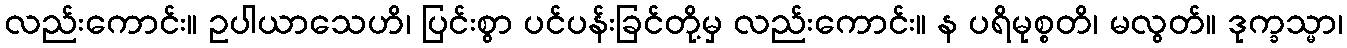
လည်းကောင်း။ ဥပါယာသေဟိ၊ ပြင်းစွာ ပင်ပန်းခြင်တို့မှ လည်းကောင်း။ န ပရိမုစ္စတိ၊ မလွတ်။ ဒုက္ခသ္မာ၊